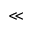
\ll